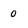
Character: 0